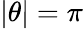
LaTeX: \lvert\theta\rvert=\pi